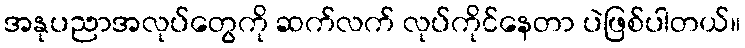
အနုပညာအလုပ်တွေကို ဆက်လက် လုပ်ကိုင်နေတာ ပဲဖြစ်ပါတယ်။